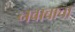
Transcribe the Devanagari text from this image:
नवाबाचा